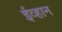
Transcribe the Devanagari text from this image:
ईव्हान